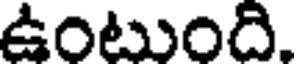
ఉంటుంది.